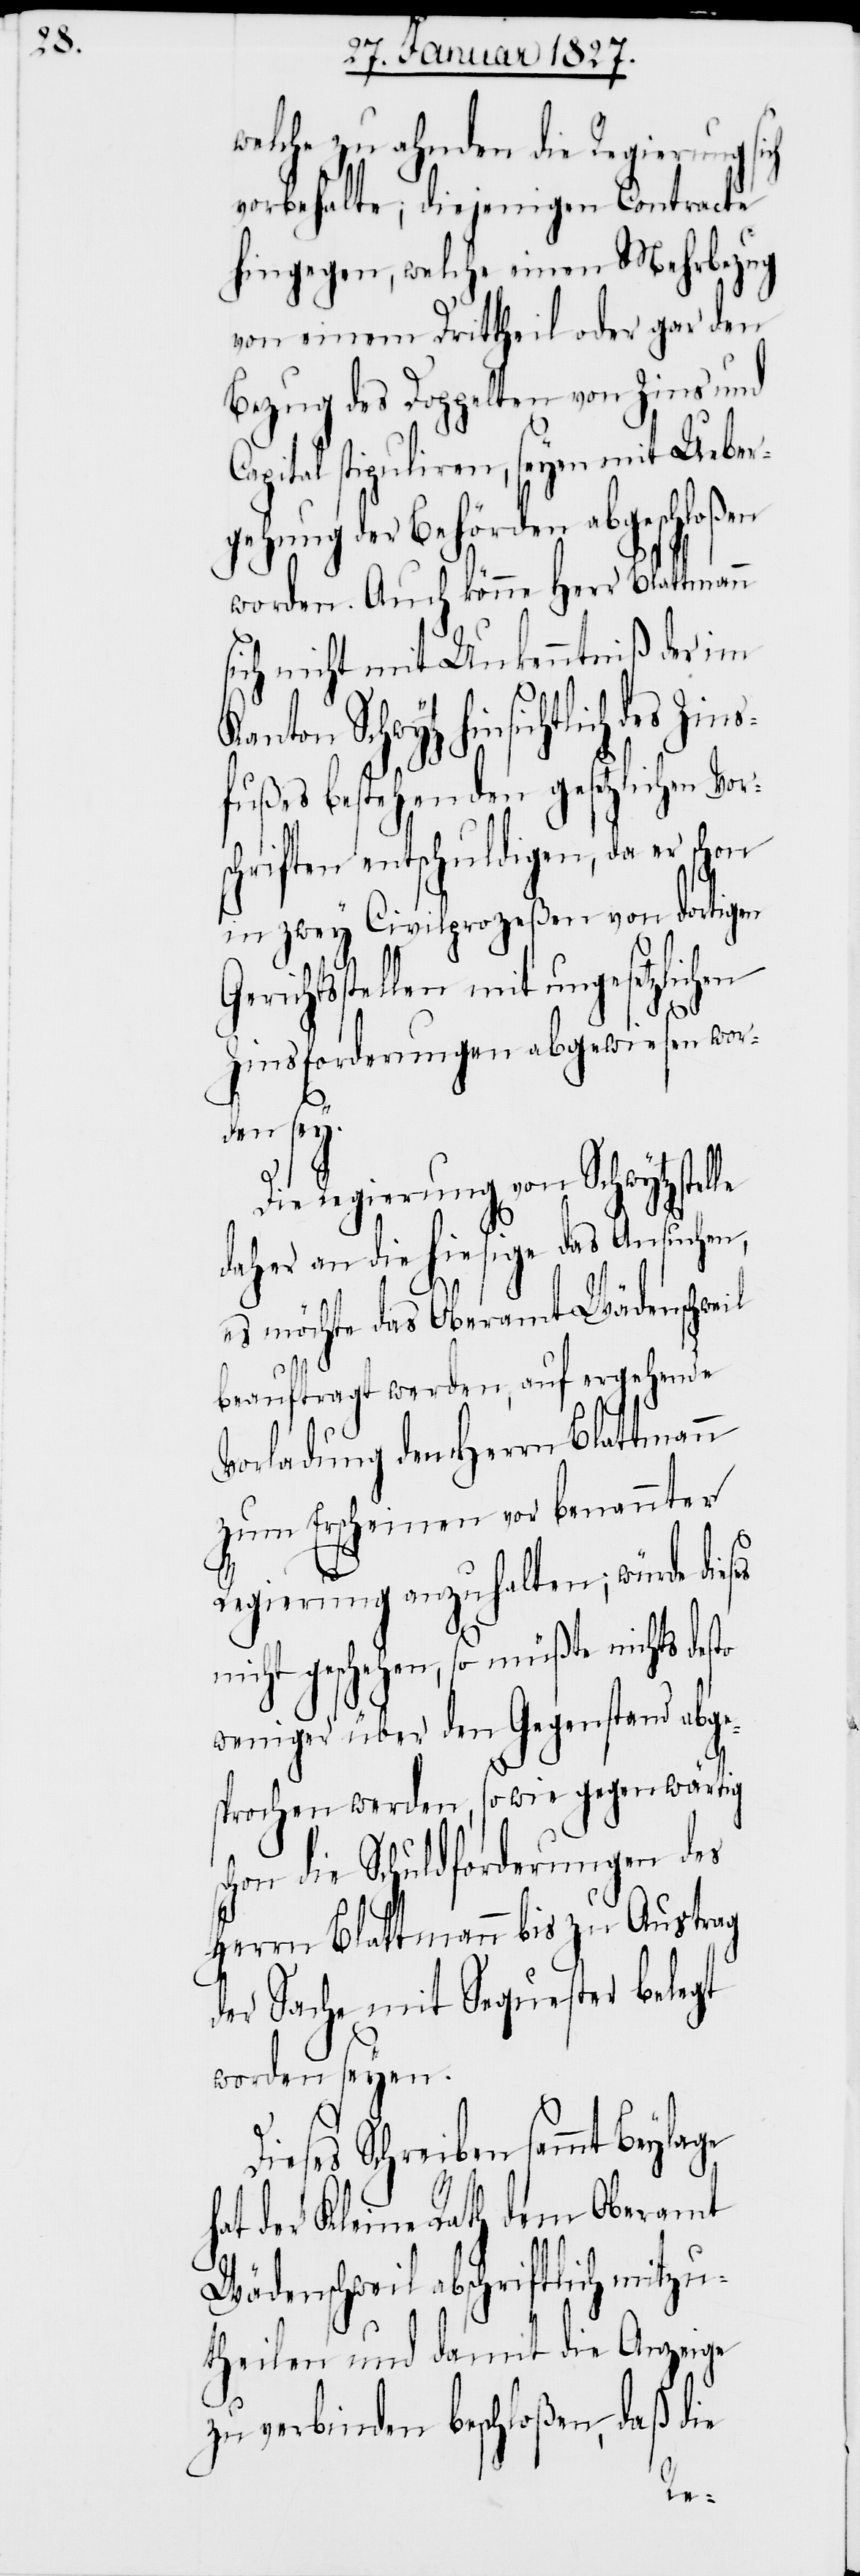
welche zu ahnden die Regierung
vorbehalte; diejenigen Contracte
hingegen, welche einen Mehrbezug
von einem Drittheil oder gar den
Bezug des Doppelten von Zins und
Capital stipuliren, seyen mit Ueber¬
gehung der Behörden abgeschloßen
worden. Auch könne Herr Blattmann
ich nicht mit Unkenntniß der im
nicht geschehen, so müß¬
s¬
fußes bestehenden gesetzlichen Vo¬
schriften entschuldigen, da er schon
in zwey Civilprozeßen von dortigen
richtsstellen mit ungesetzlich¬
Zinsforderungen abgewiesen wor¬
den sey.
Die Regierung von Schwytz stel¬
daher an die hiesige das Ansuchen,
eil
es möchte das Oberamt Wädenschw¬
beauftragt werden, auf ergehende
Vorladung den Herrn Blattmann
zum Erscheinen vor benannter
Regierung anzuhalten; würde dieses
weniger über den Gegenstand abge¬
sprochen werden, so wie gegenwärtig
chon die Schuldforderungen des
Herrn Blattmann bis zu Austrag
der Sache mit Sequester belegt
worden seyen.
Dieses Schreiben sammt Beylage
hat der Kleine Rath dem Oberamt
Wädenschweil abschriftlich mitzu¬
theilen und damit die Anzeige
daß die
zu verbinden beschloßen,
te